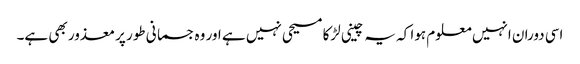
اسی دوران انہیں معلوم ہوا کہ یہ چینی لڑکا مسیحی نہیں ہے اور وہ جسمانی طور پر معذور بھی ہے۔